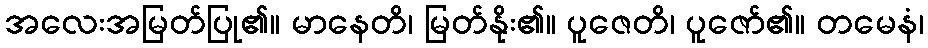
အလေးအမြတ်ပြု၏။ မာနေတိ၊ မြတ်နိုး၏။ ပူဇေတိ၊ ပူဇော်၏။ တမေနံ၊